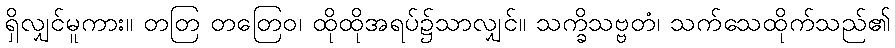
ရှိလျှင်မူကား။ တတြ တတြေဝ၊ ထိုထိုအရပ်၌သာလျှင်။ သက္ခိသဗ္ဗတံ၊ သက်သေထိုက်သည်၏